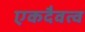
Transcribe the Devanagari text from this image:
एकदैवत्व